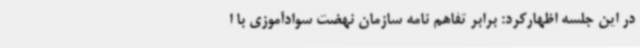
در این جلسه اظهارکرد: برابر تفاهم نامه سازمان نهضت سوادآموزی با ا